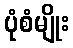
ပုံစံမျိုး